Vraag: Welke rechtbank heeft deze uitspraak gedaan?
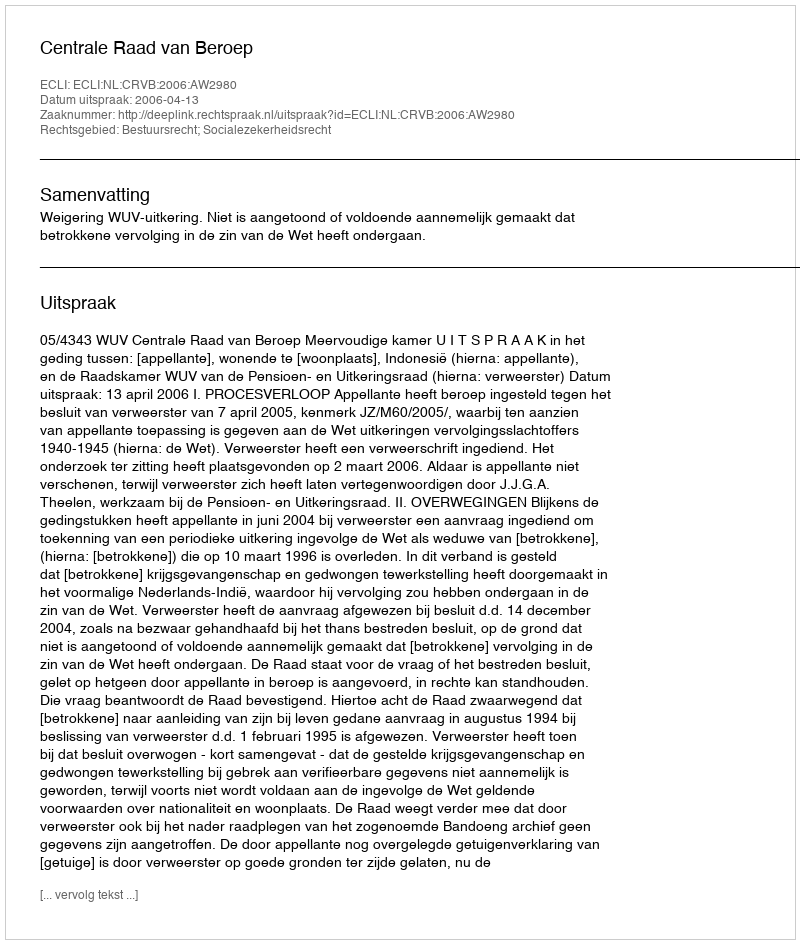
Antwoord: Centrale Raad van Beroep